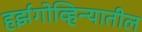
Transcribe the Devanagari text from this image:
हर्झगोव्हिन्यातील